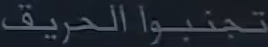
تجنبوا الحرائق